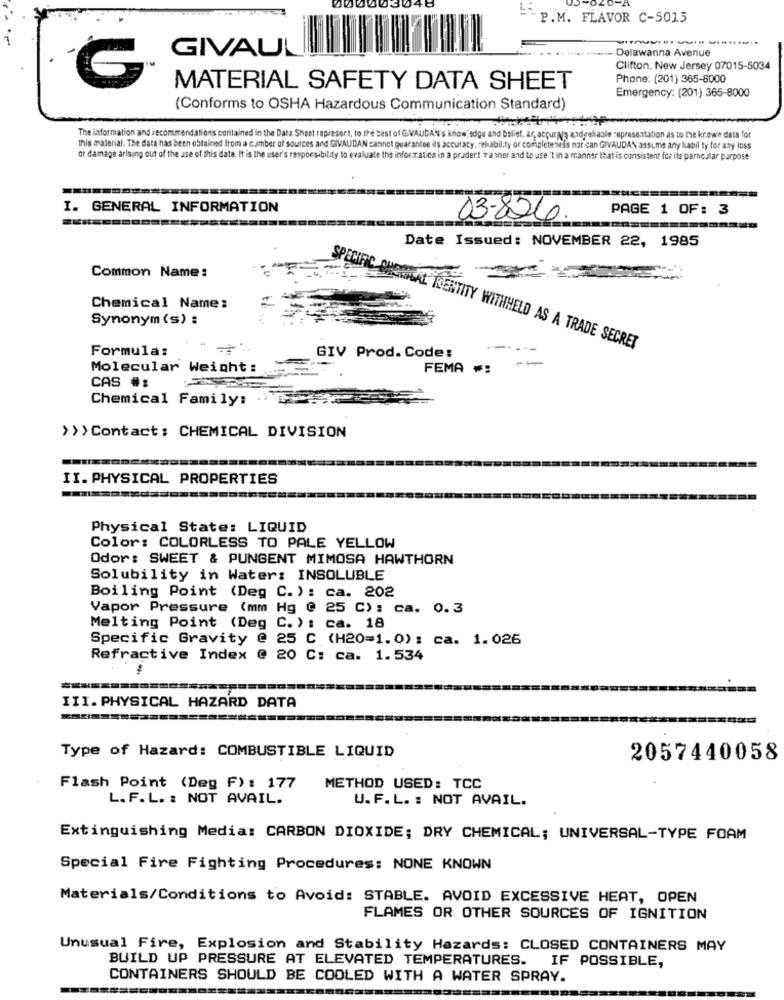
000003046
P.M. FLAVOR C-5015
GIVAUL
Delawanna Avenue
Clifton, New Jersey 07015-5034
G
Phone: (201) 365-8000
MATERIAL SAFETY DATA SHEET
Emergency: (201) 365-8000
(Conforms to OSHA Hazardous Communication Standard)
The Information and recommendations contained in the Data Sheet rapresort, to the best of GiVAUDAN's knowledge and belief. ar, acpurys andreliable representation as to the krown data for
this material. The data has been obtained from a camber of sources and GIVAUDAN cannot guarantee its accuracy, rehabil.ty or completeseis nor can GIVAUDAN assume any kabil ty for any loss
or damage arising out of the ase of this data. It is the user's responsibility to evaluate the informatica in a pradert Tanner and to use't in a manner that is consistent for its partcular purpose
I. GENERAL INFORMATION
PAGE 1 OF: 3
03-826.
Date Issued: NOVEMBER 22, 1985
Common Name:
Chemical Name:
Synonym (s) :
Formula:
AL TRENTITY WITHHELD AS A TRADE SECRET
GIV Prod. Code:
Molecular Weight:
FEMA #:
CAS #:
Chemical Family:
>>>Contact: CHEMICAL DIVISION
II. PHYSICAL PROPERTIES
Physical State: LIQUID
Color: COLORLESS TO PALE YELLOW
Odor: SWEET & PUNGENT MIMOSA HAWTHORN
Solubility in Water: INSOLUBLE
Boiling Point (Deg C.): ca. 202
Vapor Pressure (mm Hg @ 25 C): ca. 0.3
Melting Point (Deg C. ) : ca. 18
Specific Gravity @ 25 C (H20=1. 0) : ca. 1.026
Refractive Index @ 20 C: ca. 1.534
III. PHYSICAL HAZARD DATA
Type of Hazard: COMBUSTIBLE LIQUID
2057440058
Flash Point (Deg F) : 177
METHOD USED: TCC
L. F. L. : NOT AVAIL.
U. F. L. : NOT AVAIL.
Extinguishing Media: CARBON DIOXIDE; DRY CHEMICAL; UNIVERSAL-TYPE FOAM
Special Fire Fighting Procedures: NONE KNOWN
Materials/Conditions to Avoid: STABLE. AVOID EXCESSIVE HEAT, OPEN
FLAMES OR OTHER SOURCES OF IGNITION
Unusual Fire, Explosion and Stability Hazards: CLOSED CONTAINERS MAY
BUILD UP PRESSURE AT ELEVATED TEMPERATURES.
IF POSSIBLE,
CONTAINERS SHOULD BE COOLED WITH A WATER SPRAY.